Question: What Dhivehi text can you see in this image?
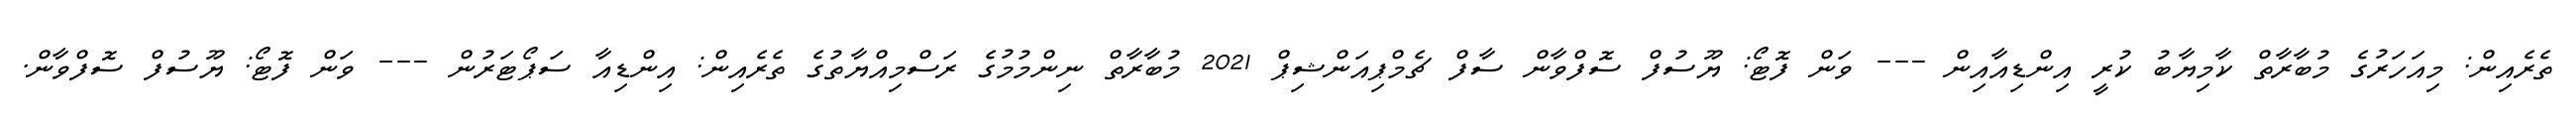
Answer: ތެރެއިން: މިއަހަރުގެ މުބާރާތް ކާމިޔާބު ކުރީ އިންޑިއާއިން --- ވަން ފޮޓޯ: ޔޫސުފް ސޮފްވާން ސާފް ޗެމްޕިއަންޝިޕް 2021 މުބާރާތް ނިންމުމުގެ ރަސްމިއްޔާތުގެ ތެރެއިން: އިންޑިއާ ސަޕޯޓަރުން --- ވަން ފޮޓޯ: ޔޫސުފް ސޮފްވާން.